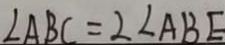
\angle A B C = 2 \angle A B E